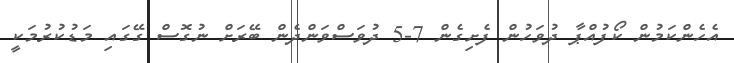
އެހެންކަމުން ކޯފުއްޕާ ދުވަހުން ފެށިގެން 7-5 ދުވަސްވަންދެން ބޭރަށް ނުގޮސް ގޭގައި މަޑުކުރުމަކީ